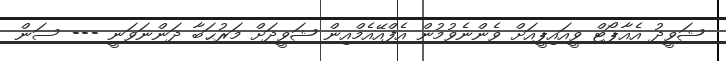
ޝަވީދު އެއާޕޯޓް ވީއައިޕީއަށް ވެންނެވުމުން އެފްއޭއެމްއިން ޝަވީދަށް މަރުޙަބާ ދަންނަވަނީ --- ސަން